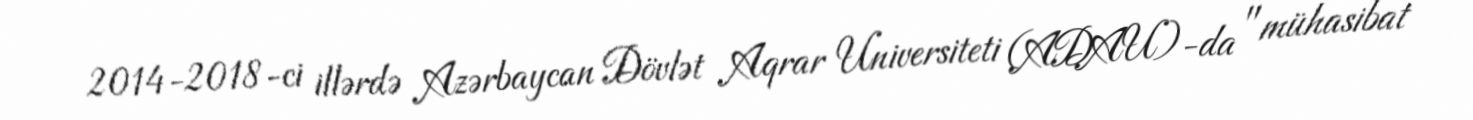
2014-2018-ci illərdə Azərbaycan Dövlət Aqrar Universiteti (ADAU)-da "mühasibat